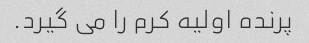
پرنده اولیه کرم را می گیرد.